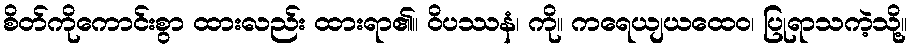
စိတ်ကိုကောင်းစွာ ထားလည်း ထားရာ၏။ ဝိပဿနံ၊ ကို။ ကရေယျယထေဝ၊ ပြုရာသကဲ့သို့။